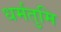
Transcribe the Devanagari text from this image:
धर्मतुमि